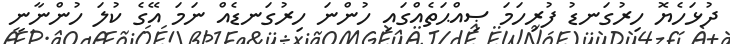
ދުޅަހެޔޮ ހިރުގަނޑު ފުރިހަމަ ޞިއްޙަތެއްގައި ހުންނަ ހިރުގަނޑެއް ނަމަ އޭގެ ކުލަ ހުންނާނީ